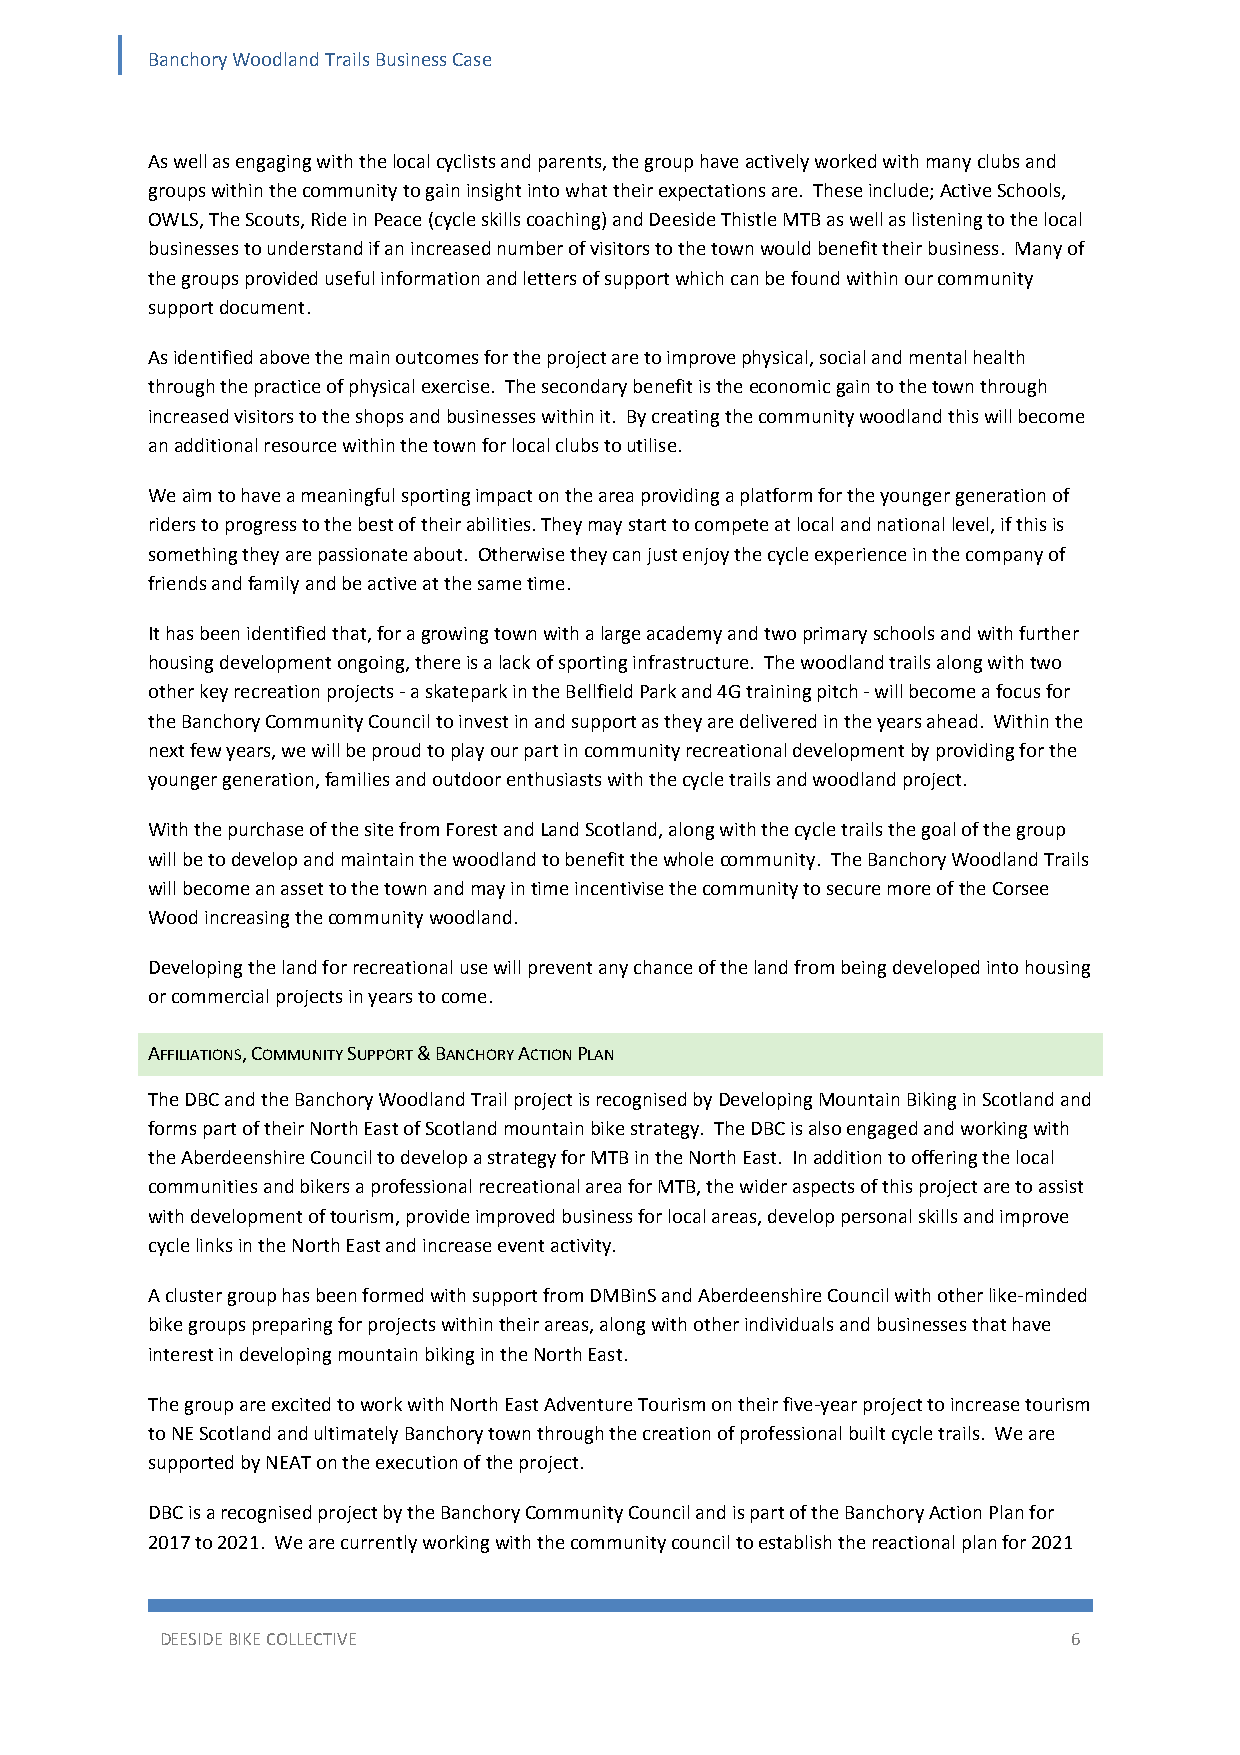
Banchory Woodland Trails Business Case
 As well as engaging with the local cyclists and parents, the group have actively worked with many clubs and
 groups within the community to gain insight into what their expectations are. These include; Active Schools,
 OWLS, The Scouts, Ride in Peace (cycle skills coaching) and Deeside Thistle MTB as well as listening to the local
 businesses to understand if an increased number of visitors to the town would benefit their business. Many of
 the groups provided useful information and letters of support which can be found within our community
 support document.
 As identified above the main outcomes for the project are to improve physical, social and mental health
 through the practice of physical exercise. The secondary benefit is the economic gain to the town through
 increased visitors to the shops and businesses within it. By creating the community woodland this will become
 an additional resource within the town for local clubs to utilise.
 We aim to have a meaningful sporting impact on the area providing a platform for the younger generation of
 riders to progress to the best of their abilities. They may start to compete at local and national level, if this is
 something they are passionate about. Otherwise they can just enjoy the cycle experience in the company of
 friends and family and be active at the same time.
 It has been identified that, for a growing town with a large academy and two primary schools and with further
 housing development ongoing, there is a lack of sporting infrastructure. The woodland trails along with two
 other key recreation projects ‐ a skatepark in the Bellfield Park and 4G training pitch ‐ will become a focus for
 the Banchory Community Council to invest in and support as they are delivered in the years ahead. Within the
 next few years, we will be proud to play our part in community recreational development by providing for the
 younger generation, families and outdoor enthusiasts with the cycle trails and woodland project.
 With the purchase of the site from Forest and Land Scotland, along with the cycle trails the goal of the group
 will be to develop and maintain the woodland to benefit the whole community. The Banchory Woodland Trails
 will become an asset to the town and may in time incentivise the community to secure more of the Corsee
 Wood increasing the community woodland.
 Developing the land for recreational use will prevent any chance of the land from being developed into housing
 or commercial projects in years to come.
 AFFILIATIONS, COMMUNITY SUPPORT & BANCHORY ACTION PLAN
 The DBC and the Banchory Woodland Trail project is recognised by Developing Mountain Biking in Scotland and
 forms part of their North East of Scotland mountain bike strategy. The DBC is also engaged and working with
 the Aberdeenshire Council to develop a strategy for MTB in the North East. In addition to offering the local
 communities and bikers a professional recreational area for MTB, the wider aspects of this project are to assist
 with development of tourism, provide improved business for local areas, develop personal skills and improve
 cycle links in the North East and increase event activity.
 A cluster group has been formed with support from DMBinS and Aberdeenshire Council with other like‐minded
 bike groups preparing for projects within their areas, along with other individuals and businesses that have
 interest in developing mountain biking in the North East.
 The group are excited to work with North East Adventure Tourism on their five‐year project to increase tourism
 to NE Scotland and ultimately Banchory town through the creation of professional built cycle trails. We are
 supported by NEAT on the execution of the project.
 DBC is a recognised project by the Banchory Community Council and is part of the Banchory Action Plan for
 2017 to 2021. We are currently working with the community council to establish the reactional plan for 2021
 DEESIDE BIKE COLLECTIVE                                     6